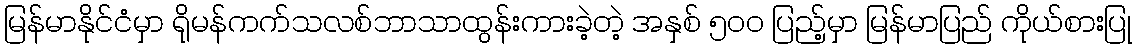
မြန်မာနိုင်ငံမှာ ရိုမန်ကက်သလစ်ဘာသာထွန်းကားခဲ့တဲ့ အနှစ် ၅၀၀ ပြည့်မှာ မြန်မာပြည် ကိုယ်စားပြု